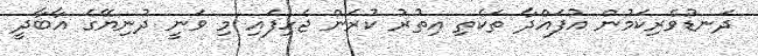
ދަނޑުވެރިކަމުން އުފައްދާ ތަކެތި އިތުރު ކުރަން ޖެހިފައި މި ވަނީ ދުނިޔޭގެ އާބާދީ